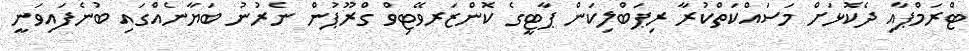
ޓްރަމްޕާއި ދެކޮޅަށް މަސައްކަތްކުރާ ރިޕަބްލިކަން ޕާޓީގެ ކޮންޒަރވޭޓިވް ގްރޫޕުން ނެރުނު ބަޔާނެއްގައި ބުނެފައިވަނީ